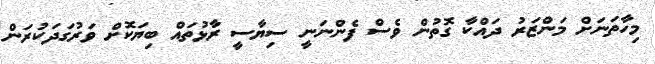
މިހާތަނަށް މަންޒަރު ދައްކާ ގޮތުން ވެސް ފެންނަނީ ސިޔާސީ ރާޅުތައް ބިޔަކޮށް ވަރުގަދަކުރަން